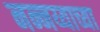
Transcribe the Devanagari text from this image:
नन्नय्याच्या